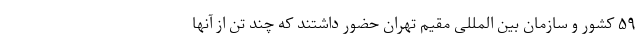
۵۹ کشور و سازمان بین المللی مقیم تهران حضور داشتند که چند تن از آنها